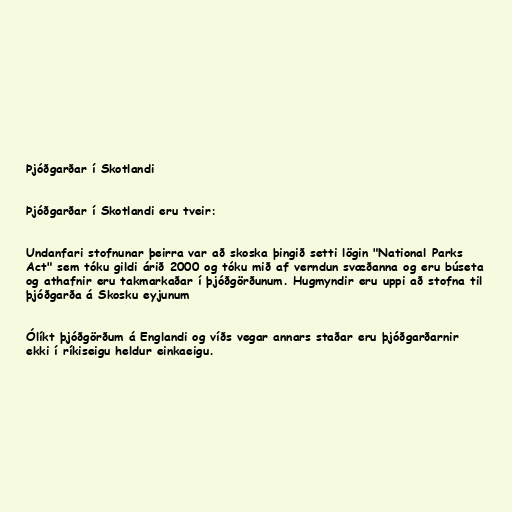
Þjóðgarðar í Skotlandi

Þjóðgarðar í Skotlandi eru tveir:

Undanfari stofnunar þeirra var að skoska þingið setti lögin "National Parks
Act" sem tóku gildi árið 2000 og tóku mið af verndun svæðanna og eru búseta
og athafnir eru takmarkaðar í þjóðgörðunum. Hugmyndir eru uppi að stofna til
þjóðgarða á Skosku eyjunum

Ólíkt þjóðgörðum á Englandi og víðs vegar annars staðar eru þjóðgarðarnir
ekki í ríkiseigu heldur einkaeigu.